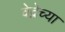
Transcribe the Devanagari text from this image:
वेद्नेच्या